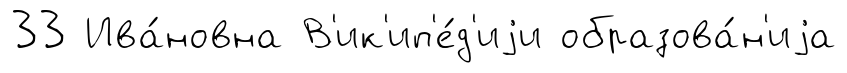
33 Ива́новна В'ик'ип'е́д'иjи образова́н'иjа